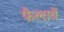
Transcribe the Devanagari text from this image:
फैलायें